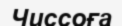
Чиссоға